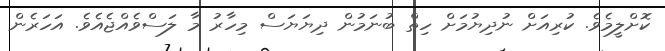
ކޮށްލީމެވެ. ކުރިއަށް ނުދިޔުމަށް ހިތް ބުނަމުން ދިޔަޔަސް މިހާރު މާ ލަސްވެއްޖެއެވެ. އަހަރެން